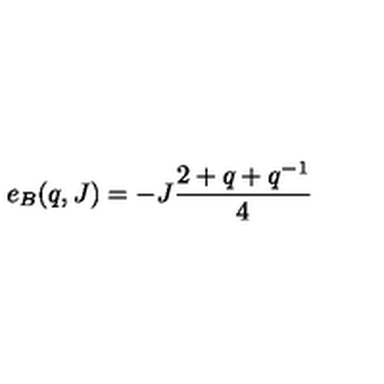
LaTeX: e _ { B } ( q , J ) = - J \frac { 2 + q + q ^ { - 1 } } { 4 }